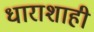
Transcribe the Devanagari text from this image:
धाराशाही